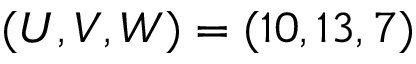
( U , V , W ) = ( 1 0 , 1 3 , 7 )